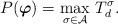
LaTeX: \begin{align*}P(\boldsymbol{\varphi}) = \max _{\sigma \in \mathcal{A}}\, T_d^{\sigma}.\end{align*}